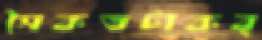
সৈকতটাকব্‌